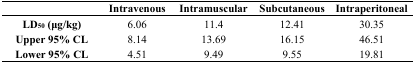
<table><thead><tr><td></td><td><b>Intravenous</b></td><td><b>Intramuscular</b></td><td><b>Subcutaneous</b></td><td><b>Intraperitoneal</b></td></tr></thead><tbody><tr><td><b>LD<sub>50</sub> (μg/kg)</b></td><td>6.06</td><td>11.4</td><td>12.41</td><td>30.35</td></tr><tr><td><b>Upper 95% CL</b></td><td>8.14</td><td>13.69</td><td>16.15</td><td>46.51</td></tr><tr><td><b>Lower 95% CL</b></td><td>4.51</td><td>9.49</td><td>9.55</td><td>19.81</td></tr></tbody></table>